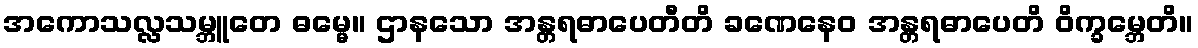
အကောသလ္လသမ္ဘူတေ ဓမ္မေ။ ဌာနသော အန္တရဓာပေတီတိ ခဏေနေဝ အန္တရဓာပေတိ ဝိက္ခမ္ဘေတိ။